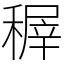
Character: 稺